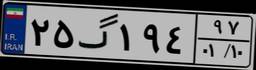
۲۵گ۱۹۴۹۷